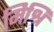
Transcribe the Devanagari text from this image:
मिश्रि